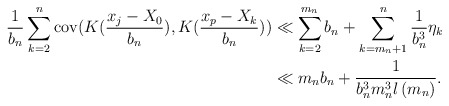
\begin{align*}\frac{1}{b_{n}}\sum_{k=2}^{n}\mathrm{cov}(K(\frac{x_{j}-X_{0}}{b_{n}}),K(\frac{x_{p}-X_{k}}{b_{n}})) & \ll\sum_{k=2}^{m_{n}}b_{n}+\sum_{k=m_{n}+1}^{n}\frac{1}{b_{n}^{3}}\eta_{k}\\& \ll m_{n}b_{n}+\frac{1}{b_{n}^{3}m_{n}^{3}l\left( m_{n}\right) }.\end{align*}